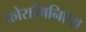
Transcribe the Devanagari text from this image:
फोरामिनिऐरा